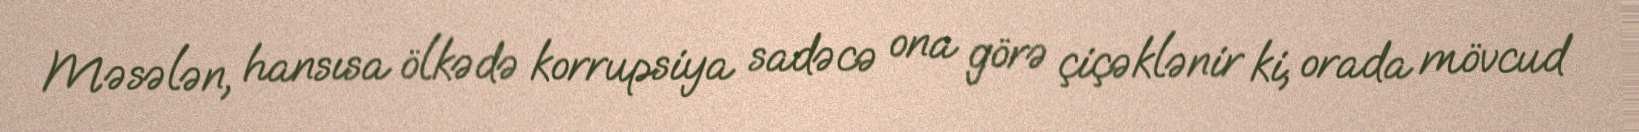
Məsələn, hansısa ölkədə korrupsiya sadəcə ona görə çiçəklənir ki, orada mövcud